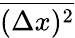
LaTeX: \overline{{(\Delta x)^{2}}}